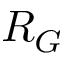
R _ { G }